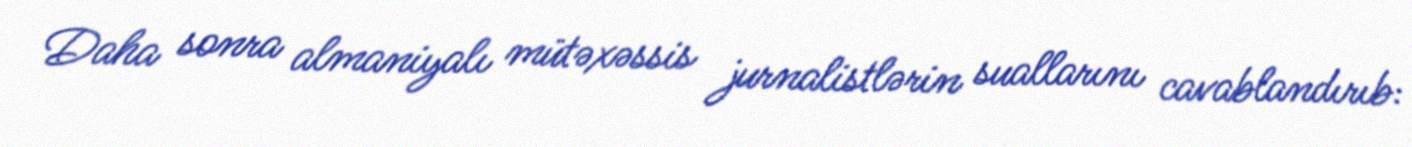
Daha sonra almaniyalı mütəxəssis jurnalistlərin suallarını cavablandırıb: